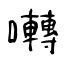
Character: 囀